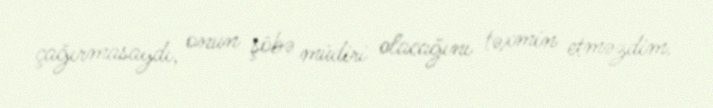
çağırmasaydı, onun şöbə müdiri olacağını təxmin etməzdim.